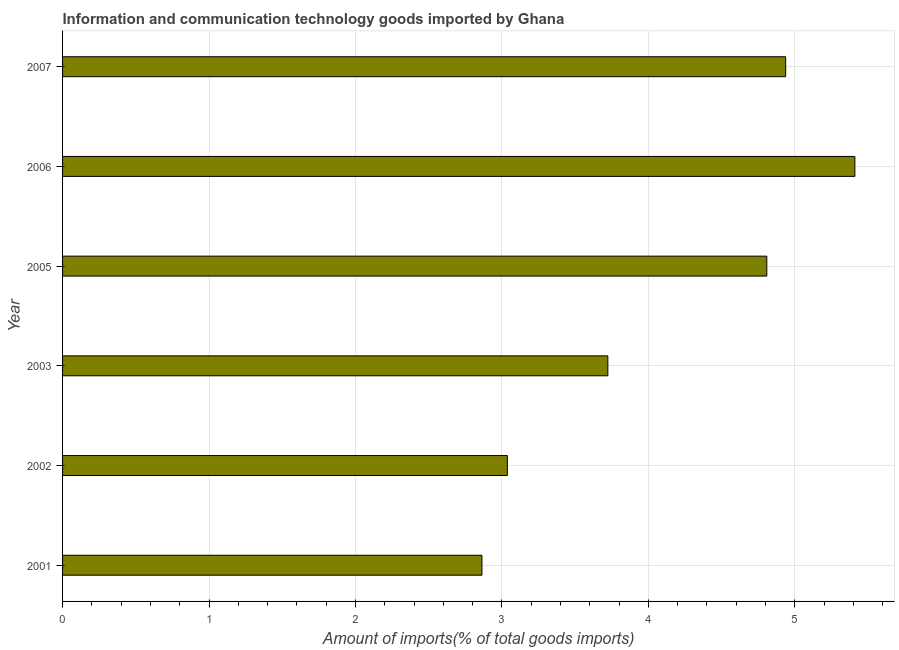
| Year | ICT goods imports |
 | --- | --- |
 | 2001 | 2.86 |
 | 2002 | 3.04 |
 | 2003 | 3.72 |
 | 2005 | 4.81 |
 | 2006 | 5.41 |
 | 2007 | 4.94 |